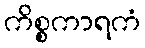
ကိစ္စကာရကံ